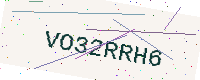
Text: VO32RRH6